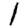
Digit: 1